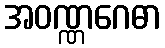
အဝဏ္ဏဂေဓာ